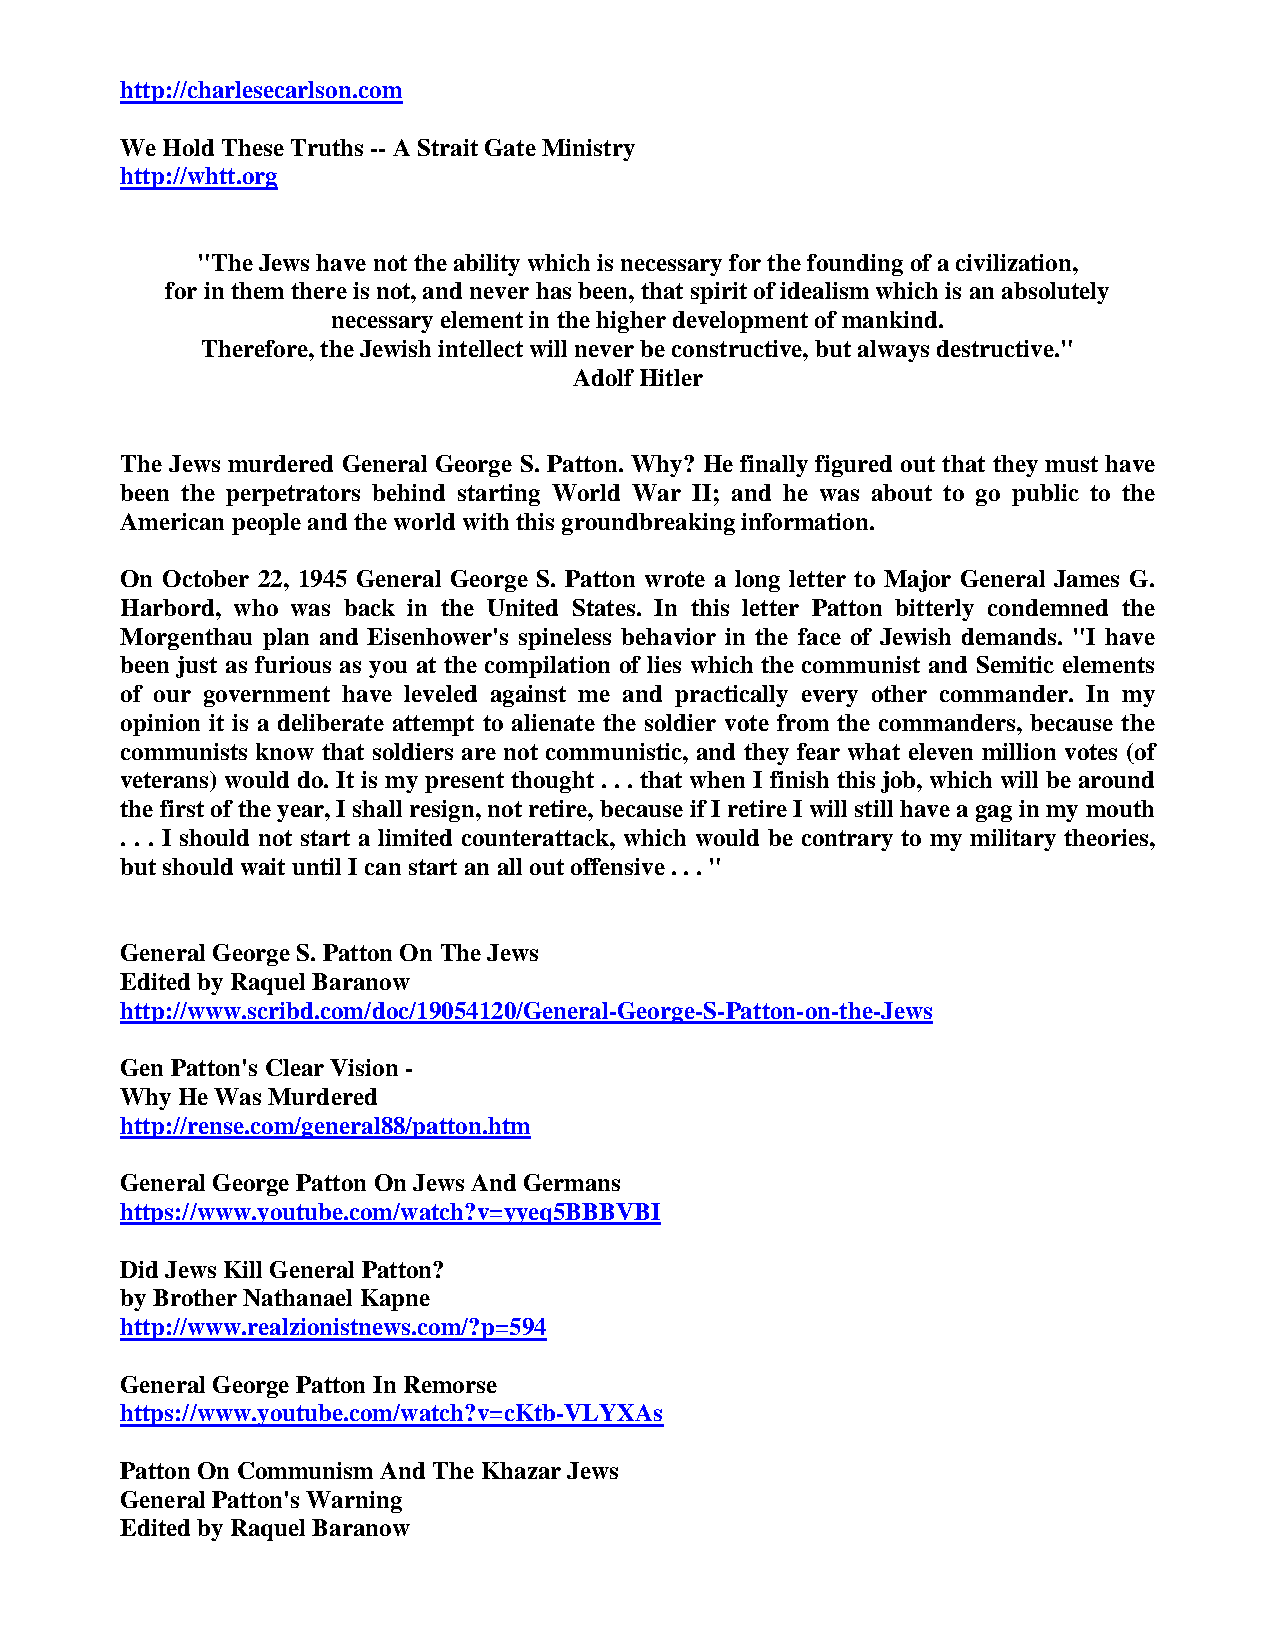
http://charlesecarlson.com
 We Hold These Truths -- A Strait Gate Ministry
 http://whtt.org
 "The Jews have not the ability which is necessary for the founding of a civilization,
 for in them there is not, and never has been, that spirit of idealism which is an absolutely
 necessary element in the higher development of mankind.
 Therefore, the Jewish intellect will never be constructive, but always destructive."
 Adolf Hitler
 The Jews murdered General George S. Patton. Why? He finally figured out that they must have
 been the perpetrators behind starting World War II; and he was about to go public to the
 American people and the world with this groundbreaking information.
 On October 22, 1945 General George S. Patton wrote a long letter to Major General James G.
 Harbord, who was back in the United States. In this letter Patton bitterly condemned the
 Morgenthau plan and Eisenhower's spineless behavior in the face of Jewish demands. "I have
 been just as furious as you at the compilation of lies which the communist and Semitic elements
 of our government have leveled against me and practically every other commander. In my
 opinion it is a deliberate attempt to alienate the soldier vote from the commanders, because the
 communists know that soldiers are not communistic, and they fear what eleven million votes (of
 veterans) would do. It is my present thought . . . that when I finish this job, which will be around
 the first of the year, I shall resign, not retire, because if I retire I will still have a gag in my mouth
 . . . I should not start a limited counterattack, which would be contrary to my military theories,
 but should wait until I can start an all out offensive . . . "
 General George S. Patton On The Jews
 Edited by Raquel Baranow
 http://www.scribd.com/doc/19054120/General-George-S-Patton-on-the-Jews
 Gen Patton's Clear Vision -
 Why He Was Murdered
 http://rense.com/general88/patton.htm
 General George Patton On Jews And Germans
 https://www.youtube.com/watch?v=yyeq5BBBVBI
 Did Jews Kill General Patton?
 by Brother Nathanael Kapne
 http://www.realzionistnews.com/?p=594
 General George Patton In Remorse
 https://www.youtube.com/watch?v=cKtb-VLYXAs
 Patton On Communism And The Khazar Jews
 General Patton's Warning
 Edited by Raquel Baranow